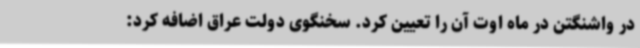
در واشنگتن در ماه اوت آن را تعیین کرد. سخنگوی دولت عراق اضافه کرد: